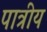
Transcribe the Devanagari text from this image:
पात्रीय